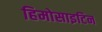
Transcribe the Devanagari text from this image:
हिमोसाइटिन